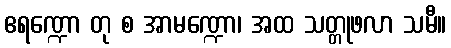
ဧရဏ္ဍော တု စ အာမဏ္ဍော၊ အထ သတ္တုဖလာ သမီ။